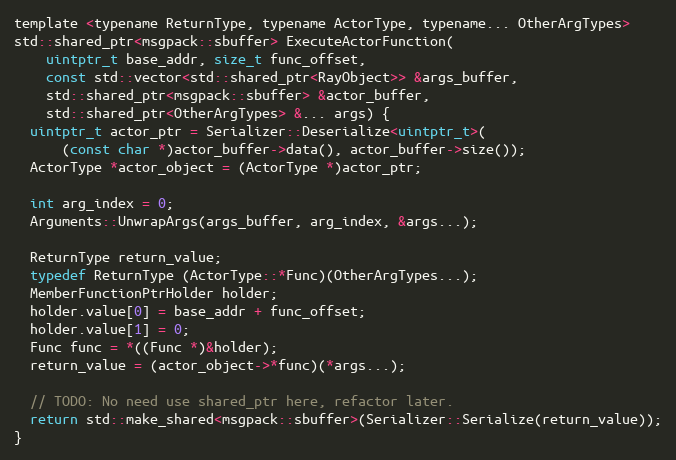
Language: C
template <typename ReturnType, typename ActorType, typename... OtherArgTypes>
std::shared_ptr<msgpack::sbuffer> ExecuteActorFunction(
    uintptr_t base_addr, size_t func_offset,
    const std::vector<std::shared_ptr<RayObject>> &args_buffer,
    std::shared_ptr<msgpack::sbuffer> &actor_buffer,
    std::shared_ptr<OtherArgTypes> &... args) {
  uintptr_t actor_ptr = Serializer::Deserialize<uintptr_t>(
      (const char *)actor_buffer->data(), actor_buffer->size());
  ActorType *actor_object = (ActorType *)actor_ptr;

  int arg_index = 0;
  Arguments::UnwrapArgs(args_buffer, arg_index, &args...);

  ReturnType return_value;
  typedef ReturnType (ActorType::*Func)(OtherArgTypes...);
  MemberFunctionPtrHolder holder;
  holder.value[0] = base_addr + func_offset;
  holder.value[1] = 0;
  Func func = *((Func *)&holder);
  return_value = (actor_object->*func)(*args...);

  // TODO: No need use shared_ptr here, refactor later.
  return std::make_shared<msgpack::sbuffer>(Serializer::Serialize(return_value));
}